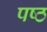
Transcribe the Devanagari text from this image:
पष्ठ